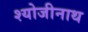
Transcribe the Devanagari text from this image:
श्योजीनाथ